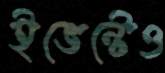
ইভেন্টেও